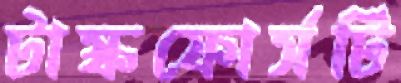
টাস্কফোর্সটি